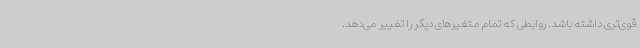
قوی‌تری داشته باشد. روابطی که تمام متغیرهای دیگر را تغییر می‌دهد.